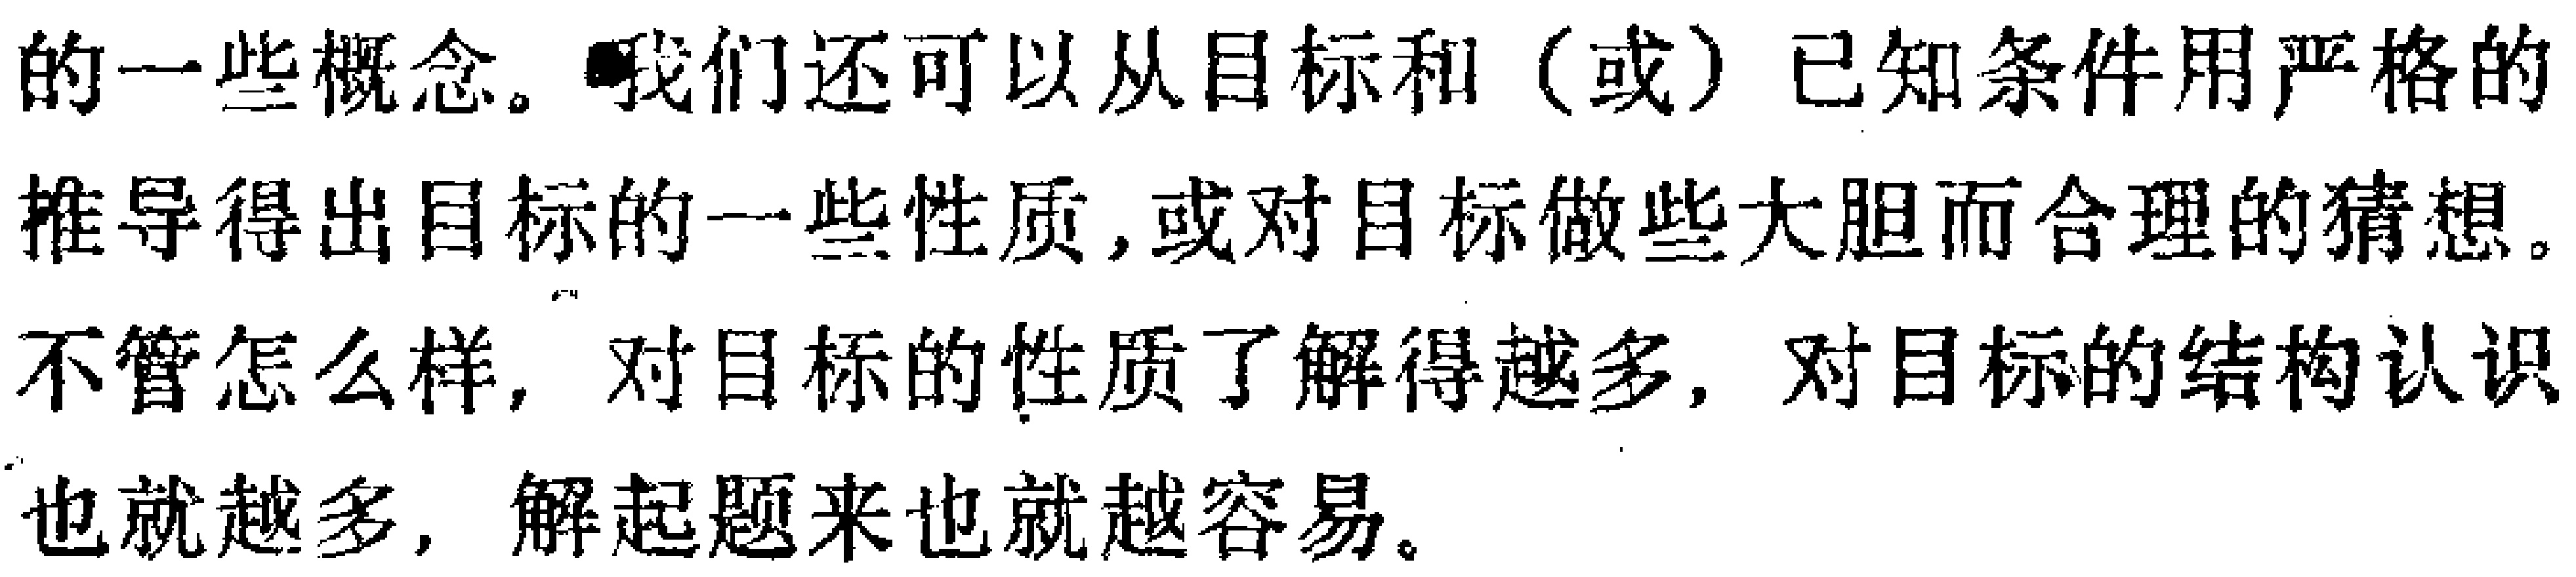
的一些概念。我们还可以从目标和（或）已知条件用严格的推导得出目标的一些性质，或对目标做些大胆而合理的猜想。不管怎么样，对目标的性质了解得越多，对目标的结构认识也就越多，解起题来也就越容易。